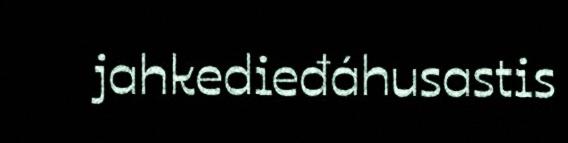
jahkedieđáhusastis